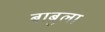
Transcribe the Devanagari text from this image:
बाबुला